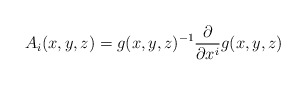
\begin{align*}A_{i}(x,y,z)=g(x,y,z)^{-1} \frac{\partial}{\partial x^{i}}g(x,y,z)\end{align*}